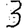
Digit: 3